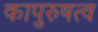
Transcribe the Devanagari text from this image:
कापुरुषत्व